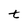
Character: t